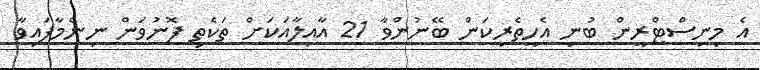
އެ މިނިސްޓްރީން ބުނި އެހީތެރިކަން ބޭނުންވާ 21 އާއިލާއަކަށް ތަކެތި ފޮނުވަން ނިންމާފައިވާ